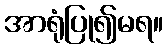
အာရုံပြု၍မရ။